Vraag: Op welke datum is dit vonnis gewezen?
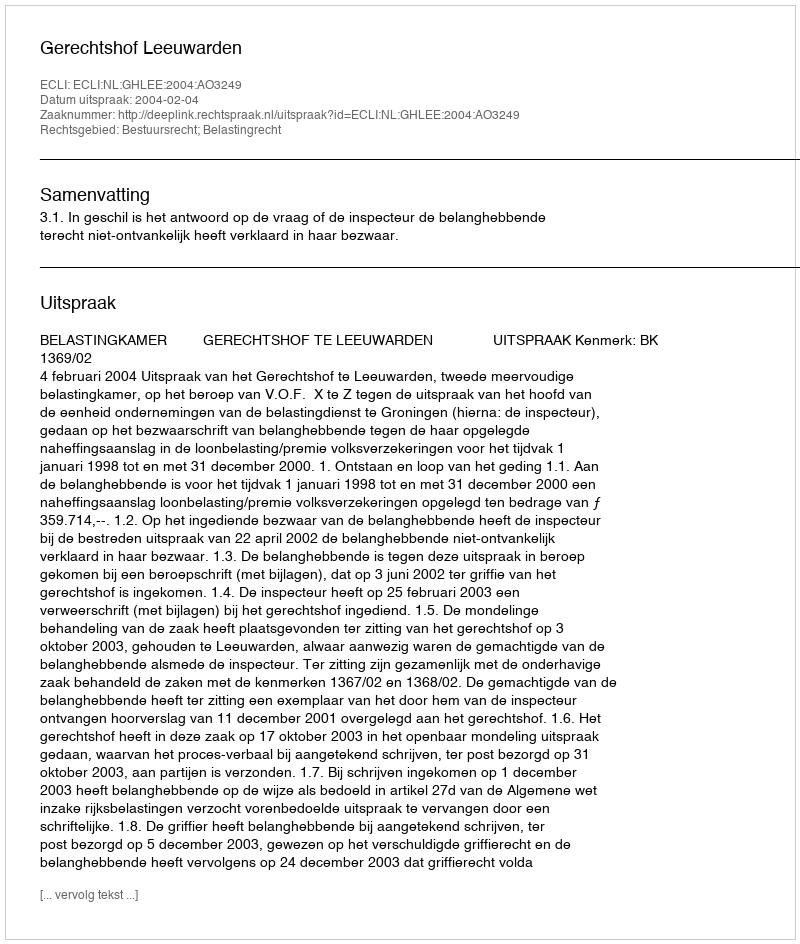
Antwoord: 2004-02-04